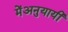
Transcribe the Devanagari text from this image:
मेंअनुयायी